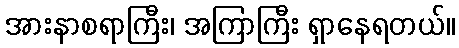
အားနာစရာကြီး၊ အကြာကြီး ရှာနေရတယ်။